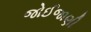
જોઈજાણી